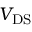
{ V _ { \mathrm { D S } } }